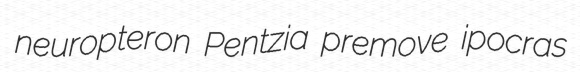
neuropteron Pentzia premove ipocras